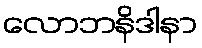
လောဘနိဒါနာ